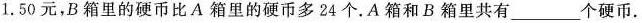
1.50元，B箱里的硬币比A箱里的硬币多24个。A箱和B箱里共有__________个硬币。